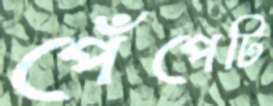
পেঁপেটি